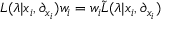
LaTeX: L ( \lambda | x _ { i } , \partial _ { x _ { i } } ) w _ { i } = w _ { i } { \tilde { L } } ( \lambda | x _ { i } , \partial _ { x _ { i } } )